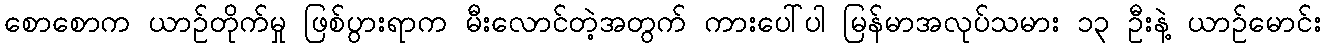
စောစောက ယာဉ်တိုက်မှု ဖြစ်ပွားရာက မီးလောင်တဲ့အတွက် ကားပေါ်ပါ မြန်မာအလုပ်သမား ၁၃ ဦးနဲ့ ယာဉ်မောင်း